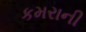
કમરાની